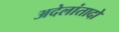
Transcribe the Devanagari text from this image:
अदेलांतादो